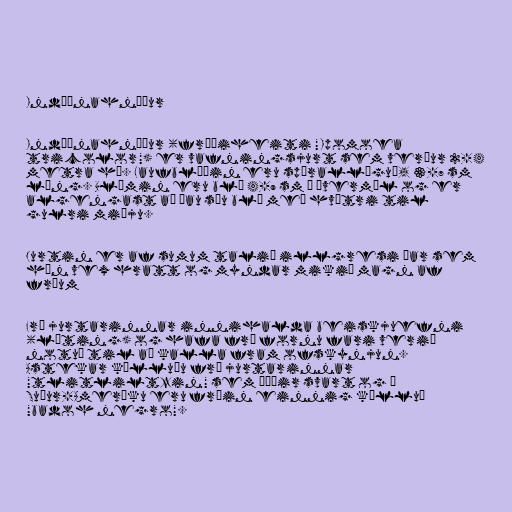
Indíánahnúður

Indíánahnúður (fræðiheiti "Ipomoea
tricolor") er vafningsjurt sem verður 2-4
metra há. Laufblöðin eru spírallöguð, 3-7 sm
löng. Blómin eru blá 4-9 sm í þvermál og er
algengast að þau séu blá með hvítri til
gulri miðju.

Jurtin er af sumum talið illgresi þar sem
hún vex hratt og myndar mikið magn af
fræum

Fræ jurtarinnar innihalda beiskjuefni
(lýting) og hafa frá fornu fari verið
notuð til að kalla fram ofskynjun.
Astekar kölluðu fræ jurtarinnar
"tlitliltzin" sem þýðir svart og í
Suður-Ameríku eru fræin einnig kölluð
"badoh negro".